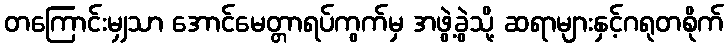
တကြောင်းမျှသာ အောင်မေတ္တာရပ်ကွက်မှ အဖွဲ့ခွဲသို့ ဆရာများနှင့်ဂရုတစိုက်